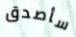
سأصدق